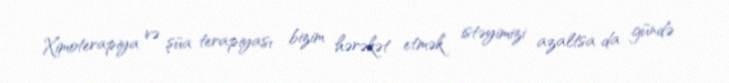
Ximoterapiya və şüa terapiyası bizim hərəkət etmək istəyimizi azaltsa da gündə